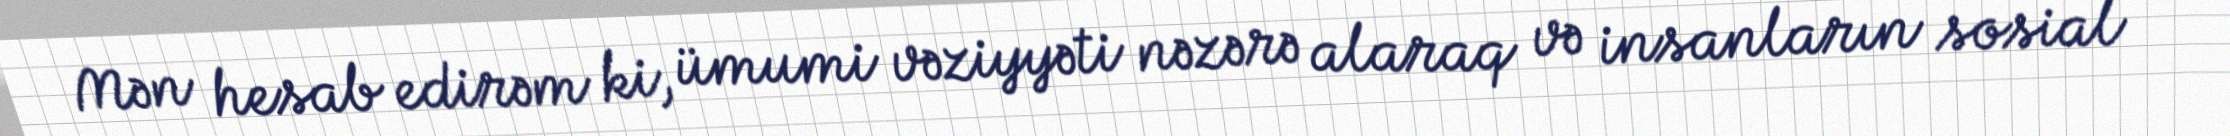
Mən hesab edirəm ki, ümumi vəziyyəti nəzərə alaraq və insanların sosial